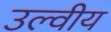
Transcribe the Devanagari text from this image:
उल्वीय